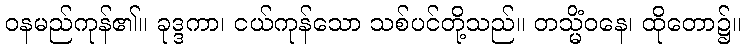
ဝနမည်ကုန်၏။ ခုဒ္ဒကာ၊ ငယ်ကုန်သော သစ်ပင်တို့သည်။ တသ္မိံဝနေ၊ ထိုတော၌။